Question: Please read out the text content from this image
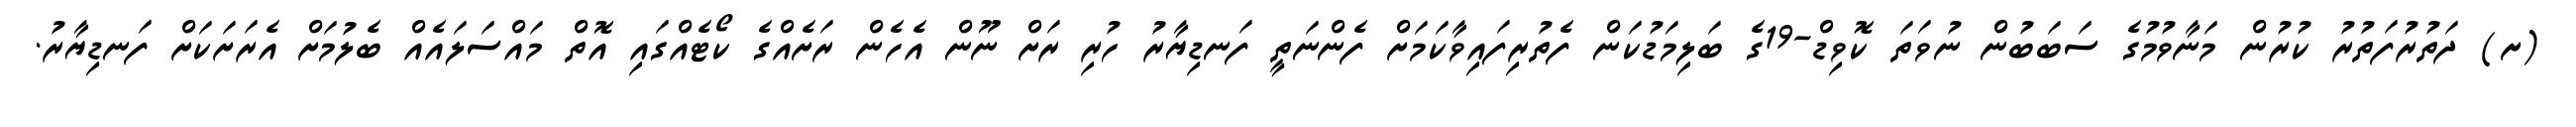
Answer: (ށ) ދަތުރުފަތުރު ކުރުން މަނާވުމުގެ ސަބަބުން ނުވަތަ ކޮވިޑް-19ގެ ބަލިމަޑުކަން ފެތުރިފައިވާކަމަށް ފެންނަތީ ފަނޑިޔާރު ހުރި ރަށް ނޫން އެހެން ރަށެއްގެ ކޯޓެއްގައި އޮތް މައްސަލައެއް ބެލުމަށް އެރަށަކަށް ފަނޑިޔާރު.